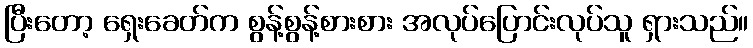
ပြီးတော့ ရှေးခေတ်က စွန့်စွန့်စားစား အလုပ်ပြောင်းလုပ်သူ ရှားသည်။